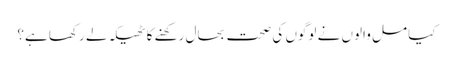
کیا مل والوں نے لوگوں کی صحت بحال رکھنے کا ٹھیکہ لے رکھا ہے؟